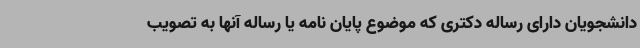
دانشجویان دارای رساله دکتری که موضوع پایان نامه یا رساله آنها به تصویب